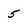
Character: 5